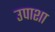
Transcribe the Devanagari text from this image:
उपाशा